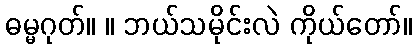
ဓမ္မဂုတ်။ ။ ဘယ်သမိုင်းလဲ ကိုယ်တော်။